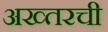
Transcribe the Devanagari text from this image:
अख्तरची